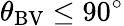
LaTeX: \theta_{\mathrm{BV}}\leq 90^{\circ}